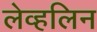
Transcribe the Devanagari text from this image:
लेव्हलिन